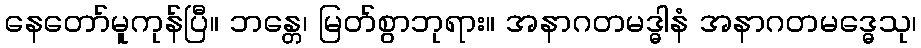
နေတော်မူကုန်ပြီ။ ဘန္တေ၊ မြတ်စွာဘုရား။ အနာဂတမဒ္ဓါနံ အနာဂတမဒ္ဓေသု၊